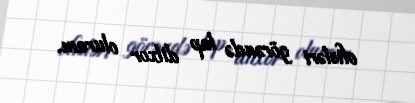
ofisləri görəndə lap dilxor oluram.